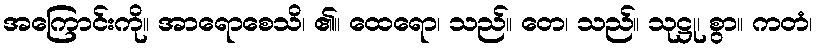
အကြောင်းကို။ အာရောစေသိ၊ ၏။ ထေရော၊ သည်။ တေ၊ သည်။ သုဋ္ဌု၊ စွာ။ ကတံ၊